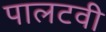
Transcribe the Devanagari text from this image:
पालटवी